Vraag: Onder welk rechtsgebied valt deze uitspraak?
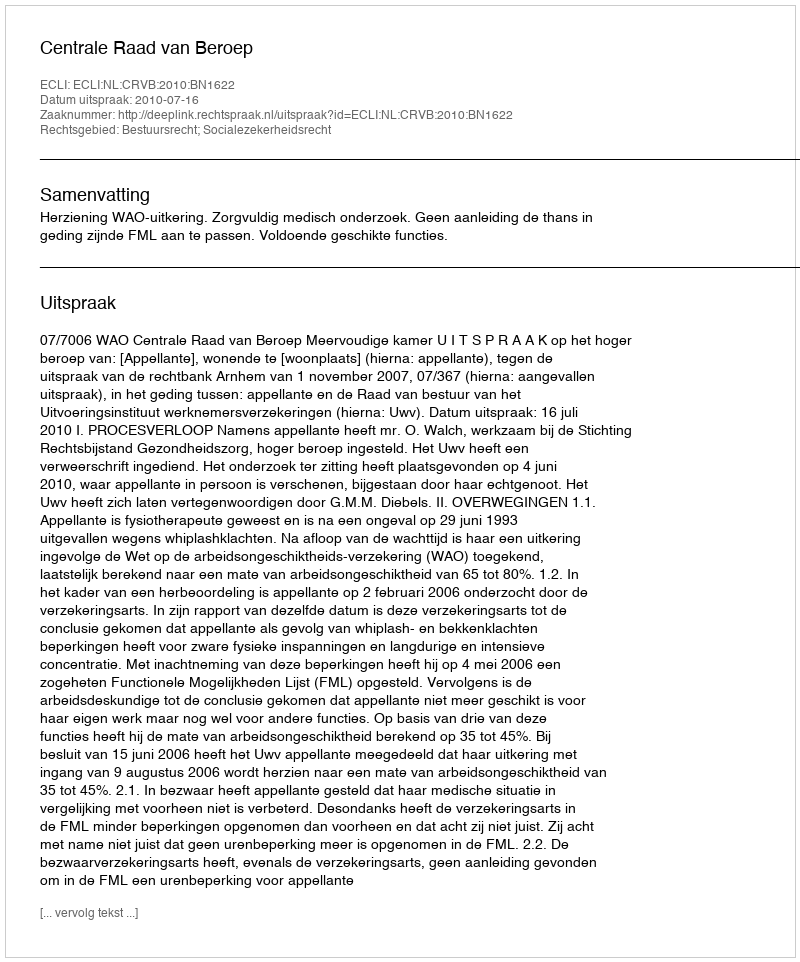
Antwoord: Bestuursrecht; Socialezekerheidsrecht